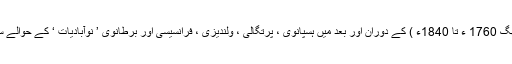
پہلے صنعتی انقلاب ( لگ بھگ 1760 ء تا 1840ء ) کے دوران اور بعد میں ہسپانوی ، پرتگالی ، ولندیزی ، فرانسیسی اور برطانوی ’ نوآبادیات ‘ کے حوالے سے آپس میں متحارب رہے ۔